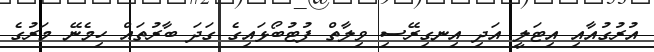
އުރުގުއާއި އިޓަލީ އަދި އިނގިރޭސި ވިލާތް ފުޓުބޯޅައިގެ ގަދަ ބާރުތައް ހިމެނޭ މަރުގެ